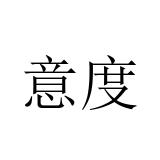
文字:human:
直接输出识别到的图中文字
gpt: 意度